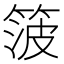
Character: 箥